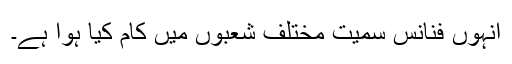
انہوں فنانس سمیت مختلف شعبوں میں کام کیا ہوا ہے۔